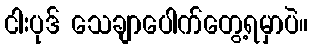
ငါးပုဒ် သေချာပေါက်တွေ့ရမှာပဲ။